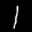
Label: 1